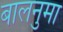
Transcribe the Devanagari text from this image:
बालनुमा